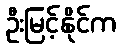
ဦးမြင့်နိုင်က